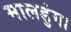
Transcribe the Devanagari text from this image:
मालडुंगा